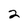
Character: 2